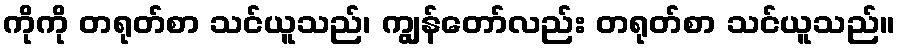
ကိုကို တရုတ်စာ သင်ယူသည်၊ ကျွန်တော်လည်း တရုတ်စာ သင်ယူသည်။